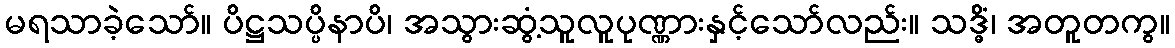
မရသာခဲ့သော်။ ပိဋ္ဌသပ္ပိနာပိ၊ အသွားဆွံ့သူလူပုဏ္ဏားနှင့်သော်လည်း။ သဒ္ဓိံ၊ အတူတကွ။